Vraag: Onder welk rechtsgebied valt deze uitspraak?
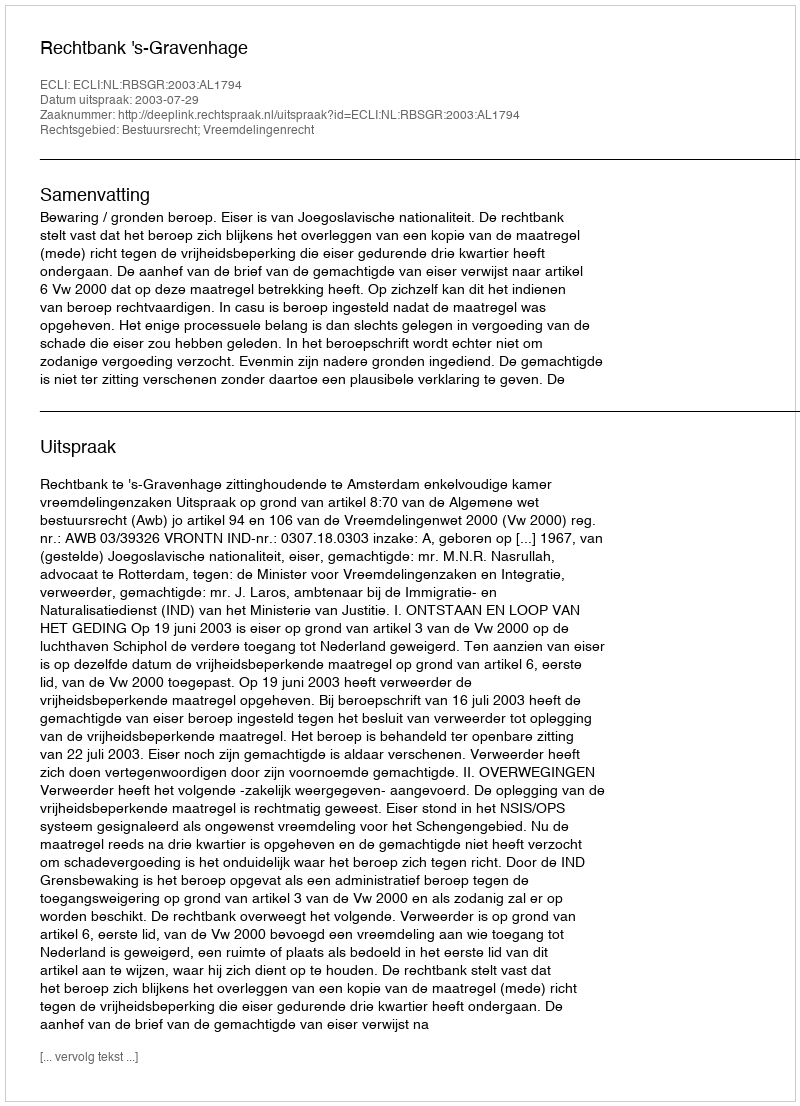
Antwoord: Bestuursrecht; Vreemdelingenrecht